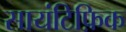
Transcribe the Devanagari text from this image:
सायंटिफ़िक